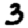
Digit: 3